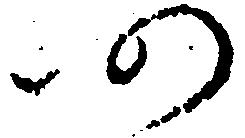
仍